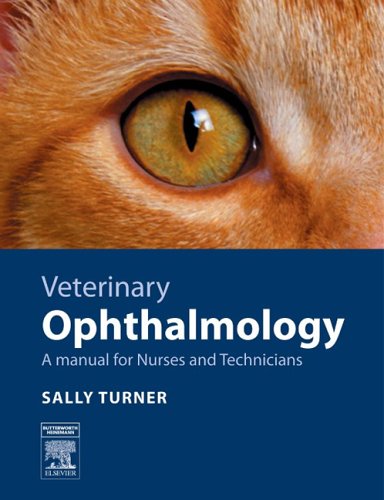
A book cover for Veterinary Ophthalmology: A Manual for Nurses and Technicians, 1e; Sally M. Turner MA  VetMB  DVOphthal  MRCVS; Medical Books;